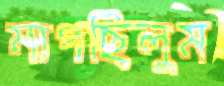
মাপছিলুম